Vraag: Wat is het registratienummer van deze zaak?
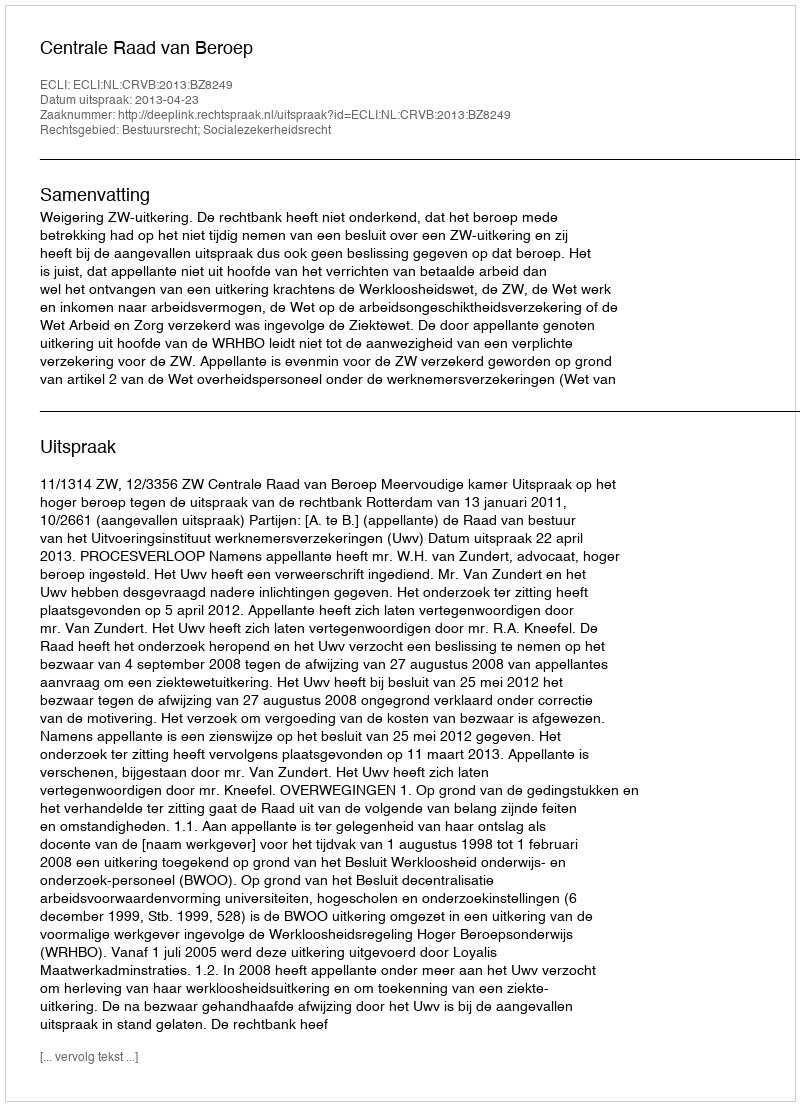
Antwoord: http://deeplink.rechtspraak.nl/uitspraak?id=ECLI:NL:CRVB:2013:BZ8249